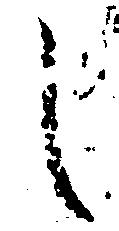
し